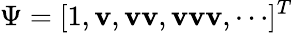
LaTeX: \Psi=[1,\mathbf{v},\mathbf{v}\mathbf{v},\mathbf{v}\mathbf{v}\mathbf{v},\cdots]^{T}